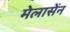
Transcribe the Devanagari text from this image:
मेलासेंन